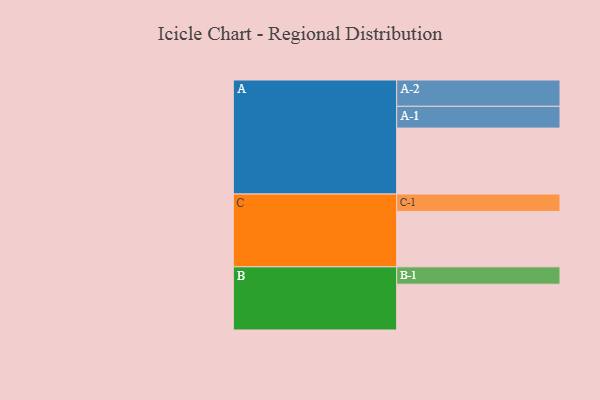
{"axis": {"x": "Segment", "y": "Value"}, "legend": ["", "A", "B", "C"], "data": [{"x": "A", "y": 569, "type": ""}, {"x": "B", "y": 395, "type": ""}, {"x": "C", "y": 478, "type": ""}, {"x": "A-1", "y": 188, "type": "A"}, {"x": "A-2", "y": 227, "type": "A"}, {"x": "B-1", "y": 150, "type": "B"}, {"x": "C-1", "y": 150, "type": "C"}]}